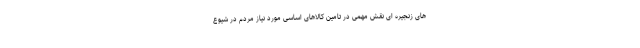
های زنجیره ای نقش مهمی در تامین کالاهای اساسی مورد نیاز مردم در شیوع